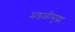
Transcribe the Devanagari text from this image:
मंडळीसुद्धा